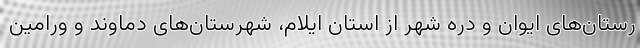
رستان‌های ایوان و دره شهر از استان ایلام، شهرستان‌های دماوند و ورامین